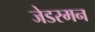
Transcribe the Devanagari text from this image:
जेडरमन